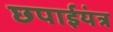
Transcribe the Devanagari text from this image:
छपाईयंत्र